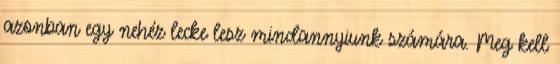
azonban egy nehéz lecke lesz mindannyiunk számára. Meg kell